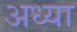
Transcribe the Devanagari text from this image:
अध्या